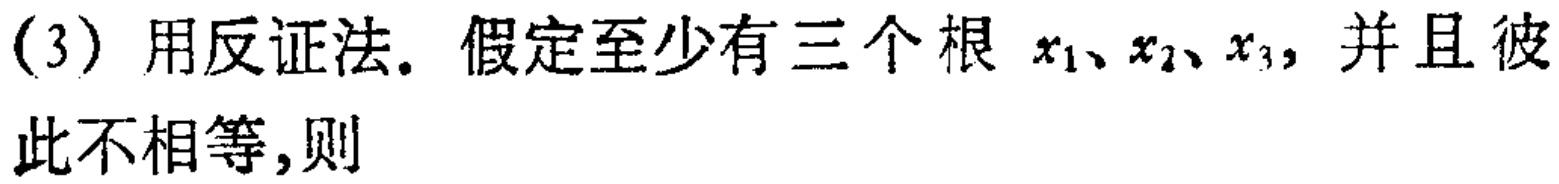
(3) 用反证法. 假定至少有三个根 \(x_1、x_2、x_3\)，并且彼此不相等,则